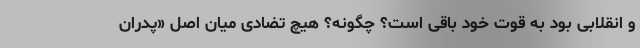
و انقلابی بود به قوت خود باقی است؟ چگونه؟ هیچ تضادی میان اصل «پدران